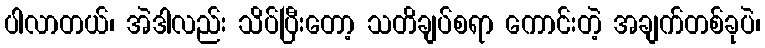
ပါလာတယ်၊ အဲဒါလည်း သိပ်ပြီးတော့ သတိချပ်စရာ ကောင်းတဲ့ အချက်တစ်ခုပဲ၊